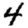
Digit: 4